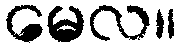
မေလ။